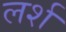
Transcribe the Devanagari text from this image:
लर्श